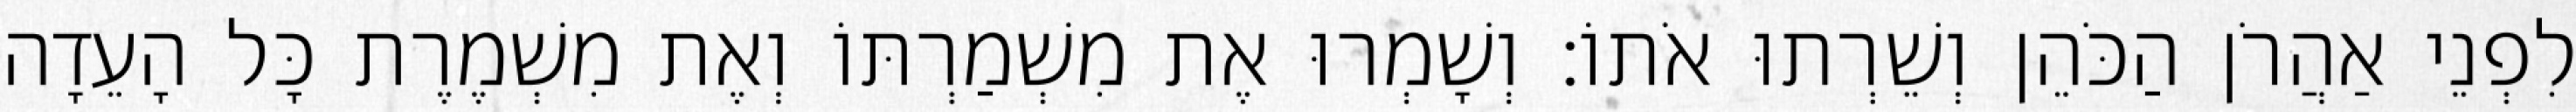
לִפְנֵי אַהֲרֹן הַכֹּהֵן וְשֵׁרְתוּ אֹתוֹ׃ וְשָׁמְרוּ אֶת מִשְׁמַרְתּוֹ וְאֶת מִשְׁמֶרֶת כָּל הָעֵדָה